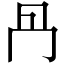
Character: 冎